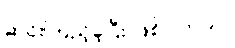
ဆင်းကြည့်ခဲ့ပြီး ဖြစ်ပါတယ်။